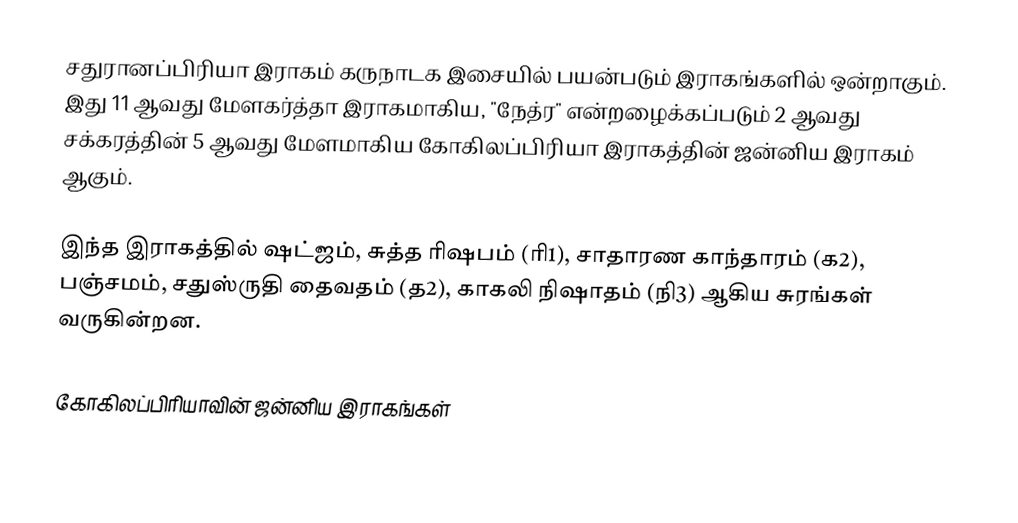
சதுரானப்பிரியா இராகம் கருநாடக இசையில் பயன்படும் இராகங்களில் ஒன்றாகும். இது 11 ஆவது மேளகர்த்தா இராகமாகிய, "நேத்ர" என்றழைக்கப்படும் 2 ஆவது சக்கரத்தின் 5 ஆவது மேளமாகிய கோகிலப்பிரியா இராகத்தின் ஜன்னிய இராகம் ஆகும்.

இந்த இராகத்தில் ஷட்ஜம், சுத்த ரிஷபம் (ரி1),  சாதாரண காந்தாரம் (க2), பஞ்சமம்,  சதுஸ்ருதி தைவதம் (த2), காகலி நிஷாதம்  (நி3) ஆகிய சுரங்கள் வருகின்றன.

கோகிலப்பிரியாவின் ஜன்னிய இராகங்கள்